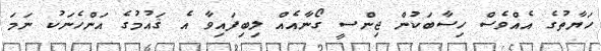
ހަޔާތުގެ އެއްވެސް ހިސާބަކުން ޖިންސީ ގޯނާއެއް ލިބިފައިވާ އެ ޤައުމުގެ އަންހެނަކު ނަމަ